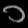
Digit: ၁